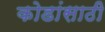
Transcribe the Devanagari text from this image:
कोडांसाठी